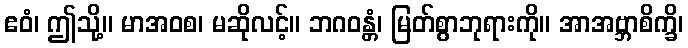
ဧဝံ၊ ဤသို့။ မာအဝစ၊ မဆိုလင့်။ ဘဂဝန္တံ၊ မြတ်စွာဘုရားကို။ အာအဗ္ဘာစိက္ခိ၊